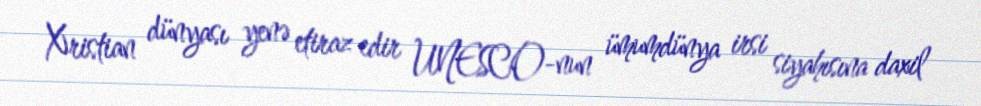
Xristian dünyası yenə etiraz edir UNESCO-nun ümumdünya irsi siyahısına daxil